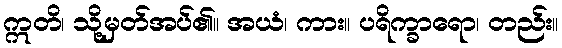
ဣတိ၊ သို့မှတ်အပ်၏။ အယံ၊ ကား။ ပရိက္ခာရော၊ တည်း။